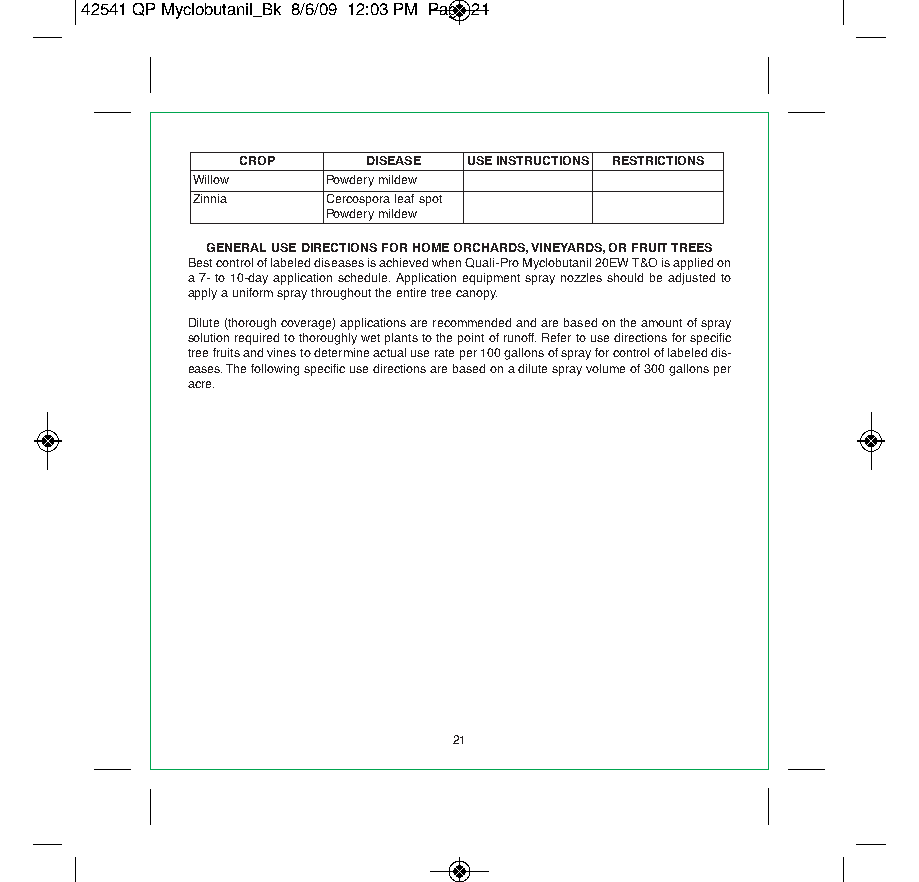
42541 QP Myclobutanil_Bk 8/6/09 12:03 PM Page 21
 CROP    DISEASE USE INSTRUCTIONS RESTRICTIONS
 Willow   Powdery mildew
 Zinnia   Cercospora leaf spot
 Powdery mildew
 GENERAL USE DIRECTIONS FOR HOME ORCHARDS, VINEYARDS, OR FRUIT TREES
 Best control of labeled diseases is achieved when Quali-Pro Myclobutanil 20EW T&O is applied on
 a 7- to 10-day application schedule. Application equipment spray nozzles should be adjusted to
 apply a uniform spray throughout the entire tree canopy.
 Dilute (thorough coverage) applications are recommended and are based on the amount of spray
 solution required to thoroughly wet plants to the point of runoff. Refer to use directions for specific
 tree fruits and vines to determine actual use rate per 100 gallons of spray for control of labeled dis-
 eases. The following specific use directions are based on a dilute spray volume of 300 gallons per
 acre.
 21